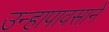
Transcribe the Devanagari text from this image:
उन्हापावसाने